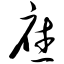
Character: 庥